Report of the Imperial Institute of Veterinary Research, Muktesar
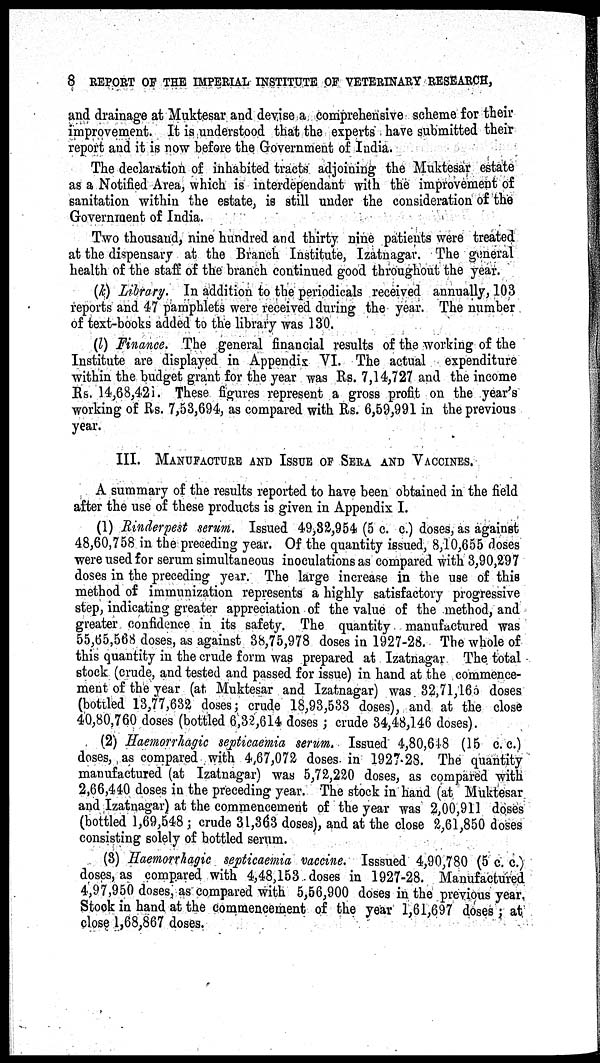
8 REPORT OF THE IMPERIAL INSTITUTE OF VETERINARY RESEARCH,
and drainage at Muktesar and devise a comprehensive scheme for their
improvement. It is understood that the experts have submitted their
report and it is now before the Government of India.
The declaration of inhabited tracts adjoining the Muktesar estate
as a Notified Area, which is interdependant with the improvement of
sanitation within the estate, is still under the consideration of the
Government of India.
Two thousand, nine hundred and thirty nine patients were treated
at the dispensary at the Branch Institute, Izatnagar. The general
health of the staff of the branch continued good throughout the year.
(k) Library. In addition to the periodicals received annually, 103
reports and 47 pamphlets were received during the year. The number
of text-books added to the library was 130.
(l) Finance. The general financial results of the working of the
Institute are displayed in Appendix VI. The actual expenditure
within the budget grant for the year was Rs. 7,14,727 and the income
Rs. 14,68,42i. These figures represent a gross profit on the year's
working of Rs. 7,53,694, as compared with Rs. 6,59,991 in the previous
year.
III. MANUFACTURE AND ISSUE OF SERA AND VACCINES.
A summary of the results reported to have been obtained in the field
after the use of these products is given in Appendix I.
(1) Rinderpest serum. Issued 49,32,954 (5 c. c.) doses, as against
48,60,758 in the preceding year. Of the quantity issued, 8,10,655 doses
were used for serum simultaneous inoculations as compared with 3,90,297
doses in the preceding year. The large increase in the use of this
method of immunization represents a highly satisfactory progressive
step, indicating greater appreciation of the value of the method, and
greater confidence in its safety. The quantity manufactured was
55,65,568 doses, as against 38,75,978 doses in 1927-28. The whole of
this quantity in the crude form was prepared at Izatnagar The total
stock (crude, and tested and passed for issue) in hand at the commence-
ment of the year (at Muktesar and Izatnagar) was 32,71,165 doses
(bottled 13,77,632 doses; crude 18,93,533 doses), and at the close
40,80,760 doses (bottled 6,32,614 doses ; crude 34,48,146 doses).
(2) Haemorrhagic septicaemia serum. Issued 4,80,648 (15 c. c.)
doses, as compared with 4,67,072 doses in 1927-28. The quantity
manufactured (at Izatnagar) was 5,72,220 doses, as compared with
2,66,440 doses in the preceding year. The stock in hand (at Muktesar
and Izatnagar) at the commencement of the year was 2,00,911 doses
(bottled 1,69,548 ; crude 31,363 doses), and at the close 2,61,850 doses
consisting solely of bottled serum.
(3) Haemorrhagic septicaemia vaccine. Isssued 4,90,780 (5 c. c.)
doses, as compared with 4,48,153 doses in 1927-28. Manufactured
4,97,950 doses, as compared with 5,56,900 doses in the previous year,
Stock in hand at the commencement of the year 1,61,697 doses ; at
close 1,68,867 doses.